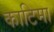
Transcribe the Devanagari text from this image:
काटिमा